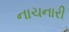
નાચનારી